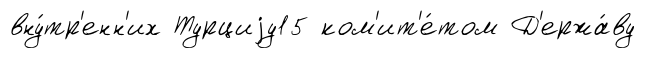
вну́тр'енн'их Турциjу15 ком'ит'е́том Д'ержа́ву